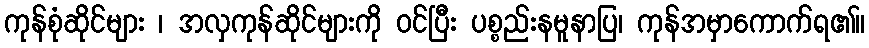
ကုန်စုံဆိုင်များ ၊ အလှကုန်ဆိုင်များကို ဝင်ပြီး ပစ္စည်းနမူနာပြ၊ ကုန်အမှာကောက်ရ၏။